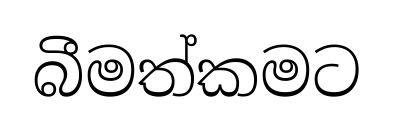
බීමත්කමට